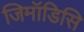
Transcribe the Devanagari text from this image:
जिमॉडिसि